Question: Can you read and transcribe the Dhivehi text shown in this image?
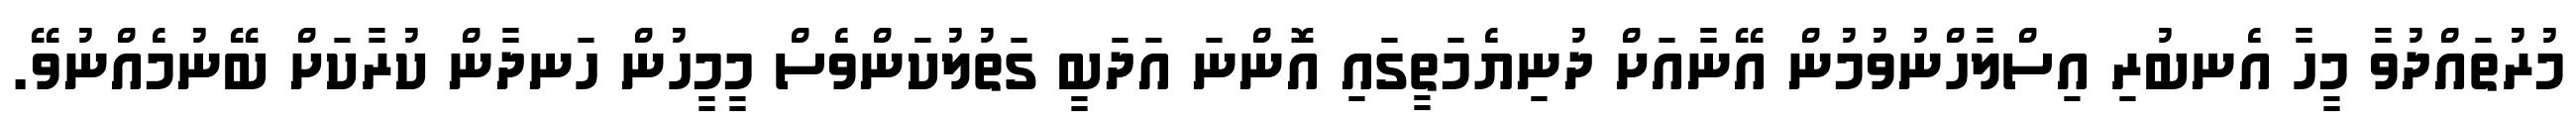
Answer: މުރުތައްދުވާ މީހާ އެނބުރި އިސްލާހްނުވުމުން އޭނާއަށް ދުނިޔެމަތީގައި އޮންނަ އަދަބީ ގަތުލުކަންވެސް މީމީހުން ހަނދާން ކުރާކަށް ބޭނުމެއްނުވޭ.